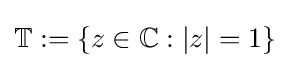
\mathbb {T} :=\{z\in \mathbb {C} :|z|=1\}